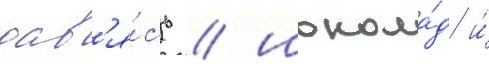
дав'я́сь / шокола́д и́